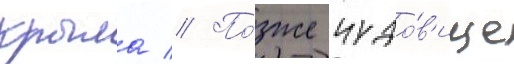
крыла // По́зже чудо́в'ище